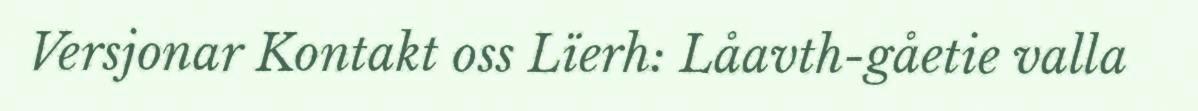
Versjonar Kontakt oss Lïerh: Låavth-gåetie valla